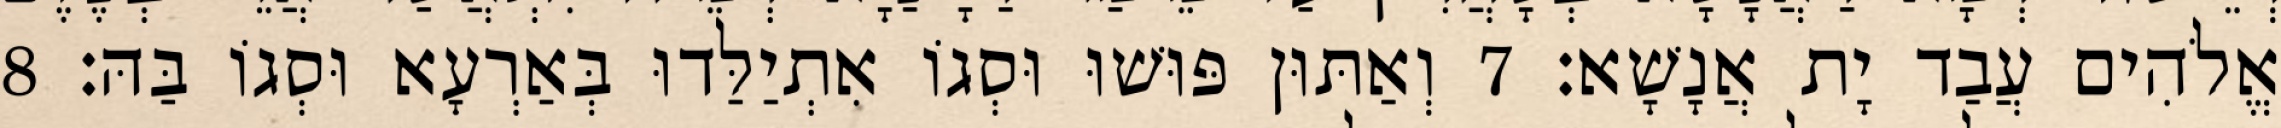
אֱלֹהִים עֲבַד יָת אֲנָשָׁא׃ 7 וְאַתּוּן פּוּשׁוּ וּסְגוֹ אִתְיַלַּדוּ בְּאַרְעָא וּסְגוֹ בַּהּ׃ 8